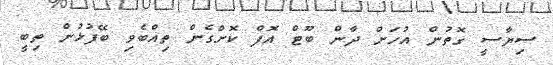
ސިޔާސީ ގޮތުން އުހަށް ދާން ބޫޓް އޮފް ކޮށްގެން ތިއްބެވި ބޭފުޅުން ތިބީ